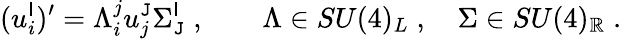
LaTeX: (u_{i}^{\mathsf{I}})^{\prime}=\Lambda_{i}^{j}u_{j}^{\mathtt{J}}\Sigma_{\mathtt{J}}^{\mathsf{I}}\; ,\qquad\Lambda\in{SU}(4)_{L}\; ,\quad\Sigma\in{SU}(4)_{\mathbb{R}}\; .